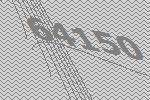
64150